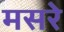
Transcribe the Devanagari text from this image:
मसरे